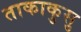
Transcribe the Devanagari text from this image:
ताकाकुसु